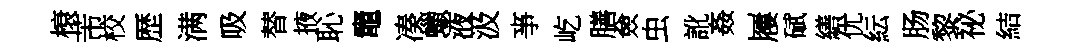
榱芾校歴满吸替掖恥竈凑蠟液汲亊屹膳僉虫訛姦屨碔繕优紜肠黎祕結